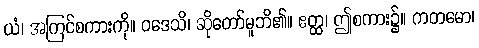
ယံ၊ အကြင်စကားကို။ ဝဒေသိ၊ ဆိုတော်မူဘိ၏။ ဧတ္ထ၊ ဤစကား၌။ ကတမော၊